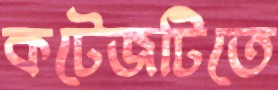
কটেজটিতে